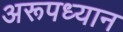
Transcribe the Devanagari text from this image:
अरूपध्यान